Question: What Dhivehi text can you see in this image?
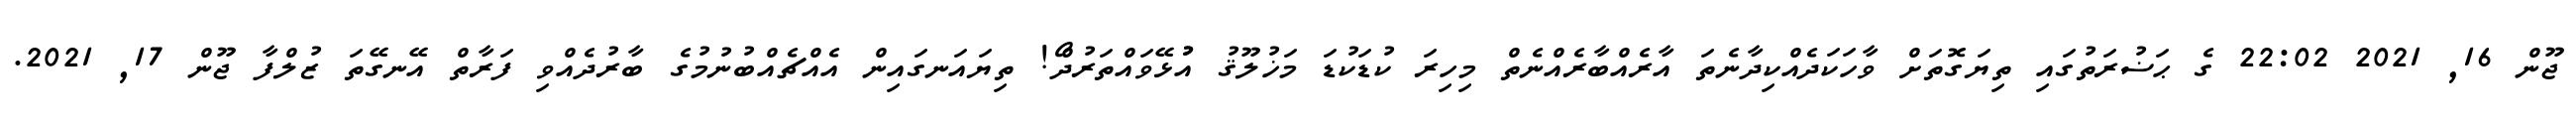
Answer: ޖޫން 16, 2021 22:02 ގެ ޙަޟުރަތުގައި ތިޔަގޮތަށް ވާހަކަދެއްކިދާނެތަ އާރެއްބާރެއްނެތް މިހިރަ ކުޑަކުޑަ މަޚުލޫޤު އުުޅޭވައްތަރުދޯް! ތިޔައަނގައިން އެއްޗެއްބުނުމުގެ ބާރުދެއްވި ފަރާތް އޭނގޭތަ ޒުލްފާ ޖޫން 17, 2021.